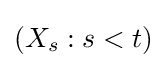
\left(X_{s}:s<t\right)